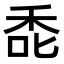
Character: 𮂻